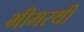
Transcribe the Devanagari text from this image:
भीमरथी